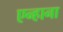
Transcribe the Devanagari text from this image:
एन्हाना